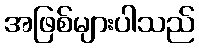
အဖြစ်များပါသည်